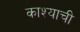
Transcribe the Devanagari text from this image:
काश्याची